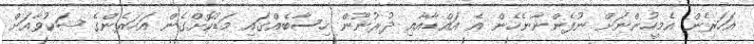
އަހަރެން އެމީހުންނަށް ނުފެންނާނެހެން އެ އައްޑާއާއި ދުރުނޫން ހިސާބެއްގައި މަޑުކޮށްގެން އަހަރެންގެ ޝަކުވާއަށް